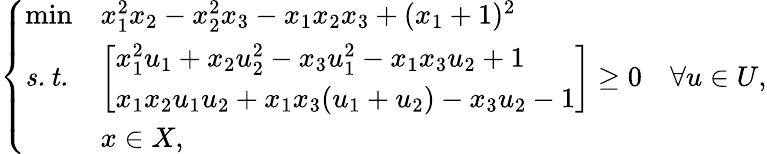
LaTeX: \left\{ \begin{array}{lll}{\operatorname*{min}}&{x_{1}^{2}x_{2}-x_{2}^{2}x_{3}-x_{1}x_{2}x_{3}+(x_{1}+1)^{2}}\\ {\mathit{s.t.}}&{\left[\begin{array}{l}{x_{1}^{2}u_{1}+x_{2}u_{2}^{2}-x_{3}u_{1}^{2}-x_{1}x_{3}u_{2}+1}\\ {x_{1}x_{2}u_{1}u_{2}+x_{1}x_{3}(u_{1}+u_{2})-x_{3}u_{2}-1}\end{array}\right]\geq 0\quad\forall u\in U,}\\ &{x\in X,}\end{array}\right.